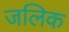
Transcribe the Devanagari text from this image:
जलिक